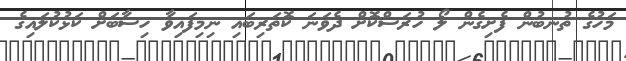
މަހުގެ ތުނބުން ފެށިގެން ލޯ ހުރަސްކޮށް ދެވަނަ ކޮތަރިބައި ނިމިފައިވާ ހިސާބަށް ކަޅުކުލައިގެ